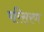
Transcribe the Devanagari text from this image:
परिसरण